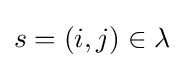
s=(i,j)\in \lambda